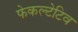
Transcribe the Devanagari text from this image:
फेकल्टेटिव